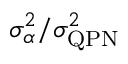
\sigma _ { \alpha } ^ { 2 } / \sigma _ { \mathrm { Q P N } } ^ { 2 }